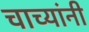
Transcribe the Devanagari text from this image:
चाच्यांनी